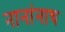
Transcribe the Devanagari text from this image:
नानांनाच